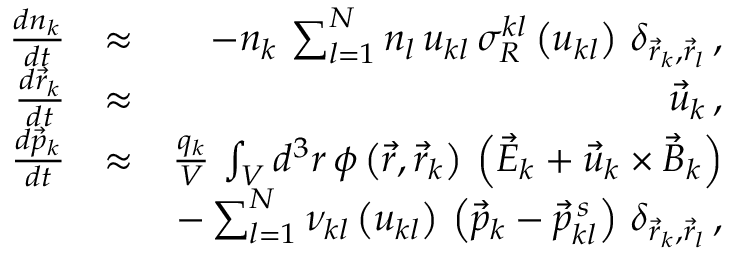
\begin{array} { r l r } { \frac { d n _ { k } } { d t } } & { \approx } & { - n _ { k } \, \sum _ { l = 1 } ^ { N } n _ { l } \, u _ { k l } \, \sigma _ { R } ^ { k l } \left( u _ { k l } \right) \, \delta _ { \vec { r } _ { k } , \vec { r } _ { l } } \, , } \\ { \frac { d \vec { r } _ { k } } { d t } } & { \approx } & { \vec { u } _ { k } \, , } \\ { \frac { d \vec { p } _ { k } } { d t } } & { \approx } & { \frac { q _ { k } } { V } \, \int _ { V } d ^ { 3 } r \, \phi \left( \vec { r } , \vec { r } _ { k } \right) \, \left( \vec { E } _ { k } + \vec { u } _ { k } \times \vec { B } _ { k } \right) } \\ & { } & { - \sum _ { l = 1 } ^ { N } \nu _ { k l } \left( u _ { k l } \right) \, \left( \vec { p } _ { k } - \vec { p } _ { k l } ^ { \, s } \right) \, \delta _ { \vec { r } _ { k } , \vec { r } _ { l } } \, , } \end{array}